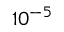
1 0 ^ { - 5 }